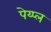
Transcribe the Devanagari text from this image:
पेय्प्ल